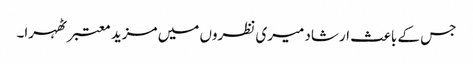
جس کے باعث ارشاد میری نظروں میں مزید معتبر ٹھہرا۔